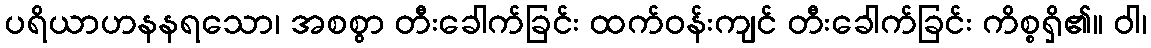
ပရိယာဟနနရသော၊ အစစွာ တီးခေါက်ခြင်း ထက်ဝန်းကျင် တီးခေါက်ခြင်း ကိစ္စရှိ၏။ ဝါ၊